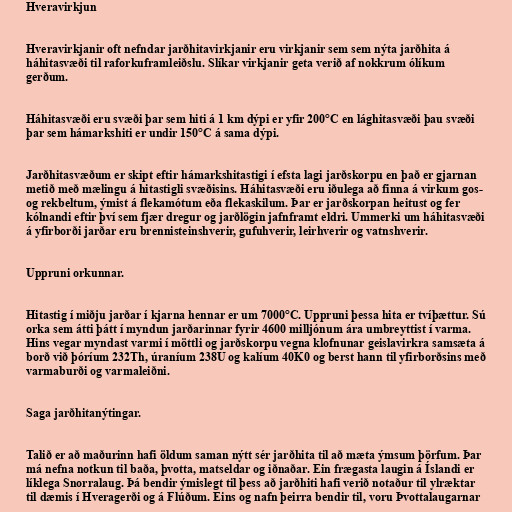
Hveravirkjun

Hveravirkjanir oft nefndar jarðhitavirkjanir eru virkjanir sem sem nýta jarðhita á
háhitasvæði til raforkuframleiðslu. Slíkar virkjanir geta verið af nokkrum ólíkum
gerðum.

Háhitasvæði eru svæði þar sem hiti á 1 km dýpi er yfir 200°C en lághitasvæði þau svæði
þar sem hámarkshiti er undir 150°C á sama dýpi.

Jarðhitasvæðum er skipt eftir hámarkshitastigi í efsta lagi jarðskorpu en það er gjarnan
metið með mælingu á hitastigli svæðisins. Háhitasvæði eru iðulega að finna á virkum gos-
og rekbeltum, ýmist á flekamótum eða flekaskilum. Þar er jarðskorpan heitust og fer
kólnandi eftir því sem fjær dregur og jarðlögin jafnframt eldri. Ummerki um háhitasvæði
á yfirborði jarðar eru brennisteinshverir, gufuhverir, leirhverir og vatnshverir.

Uppruni orkunnar.

Hitastig í miðju jarðar í kjarna hennar er um 7000°C. Uppruni þessa hita er tvíþættur. Sú
orka sem átti þátt í myndun jarðarinnar fyrir 4600 milljónum ára umbreyttist í varma.
Hins vegar myndast varmi í möttli og jarðskorpu vegna klofnunar geislavirkra samsæta á
borð við þóríum 232Th, úraníum 238U og kalíum 40K0 og berst hann til yfirborðsins með
varmaburði og varmaleiðni.

Saga jarðhitanýtingar.

Talið er að maðurinn hafi öldum saman nýtt sér jarðhita til að mæta ýmsum þörfum. Þar
má nefna notkun til baða, þvotta, matseldar og iðnaðar. Ein frægasta laugin á Íslandi er
líklega Snorralaug. Þá bendir ýmislegt til þess að jarðhiti hafi verið notaður til ylræktar
til dæmis í Hveragerði og á Flúðum. Eins og nafn þeirra bendir til, voru Þvottalaugarnar